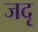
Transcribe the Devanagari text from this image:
जदृ